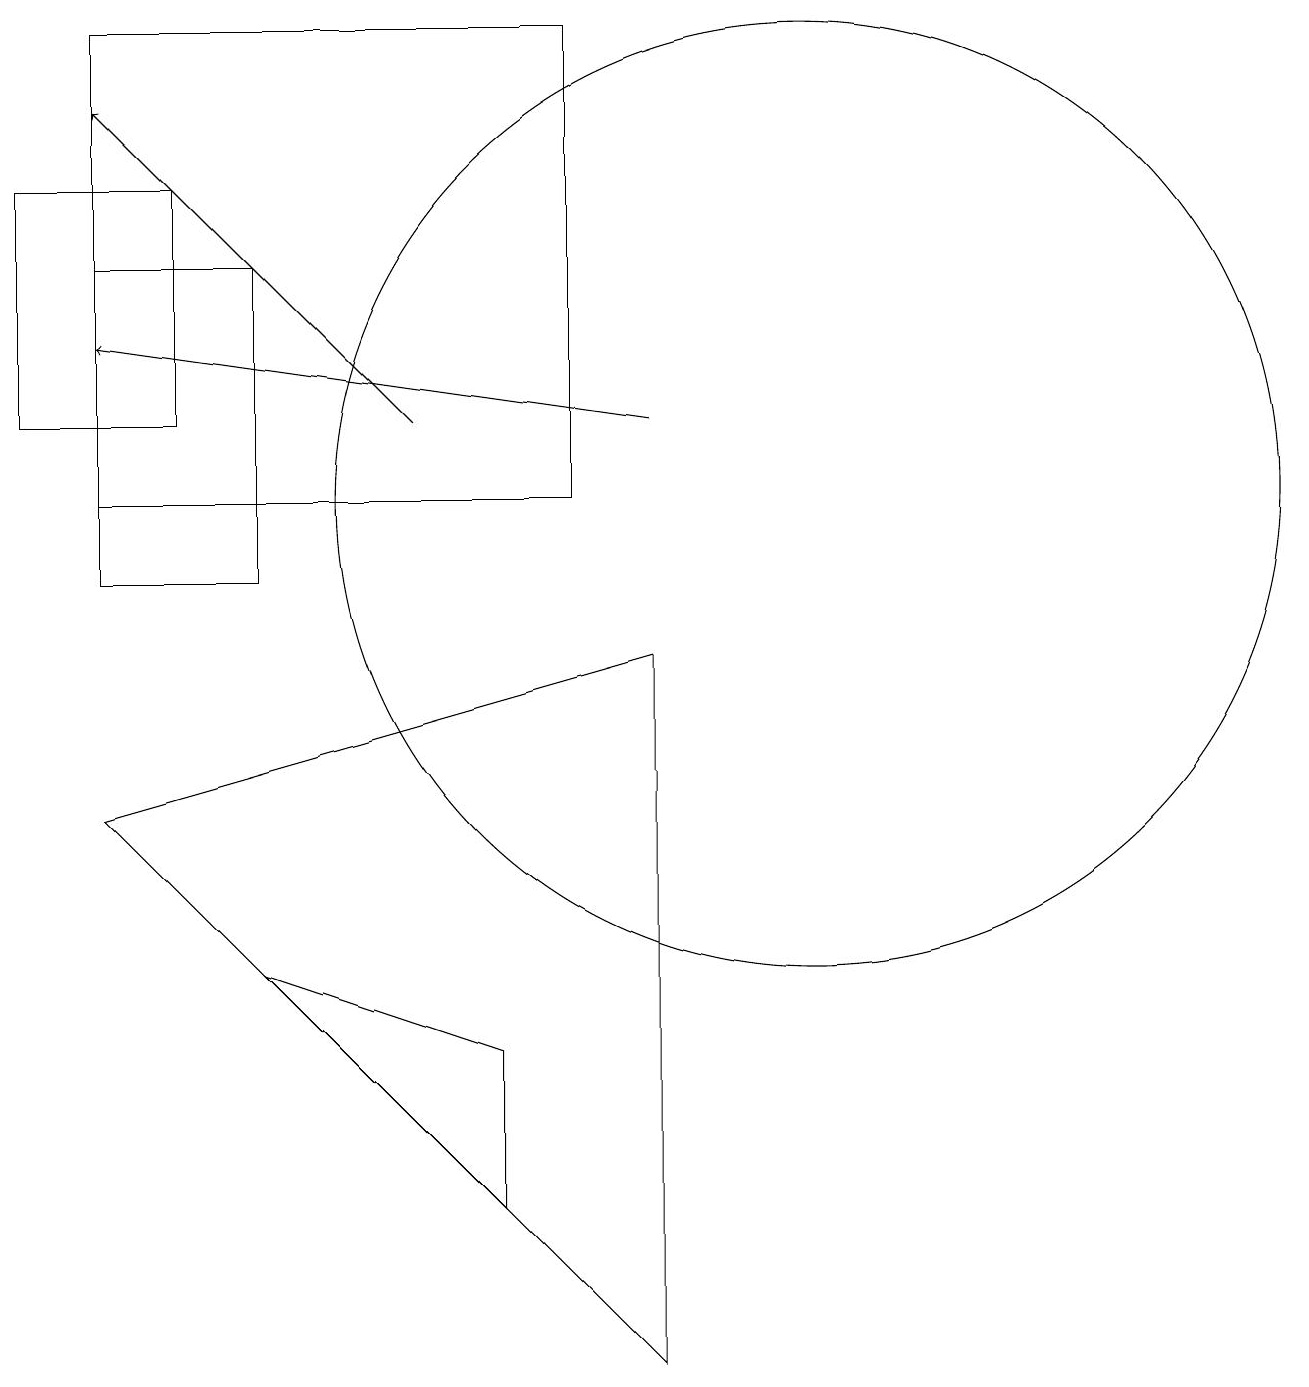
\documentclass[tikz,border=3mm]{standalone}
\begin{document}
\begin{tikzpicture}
\draw (7,2) -- (7,4) -- (4,5) -- cycle;
\draw (11,11) circle (6);
\draw (9,9) -- (2,7) -- (9,0) -- cycle;
\draw[->] (6,12) -- (2,16);
\draw (4,14) rectangle (2,10);
\draw[->] (9,12) -- (2,13);
\draw (3,15) rectangle (1,12);
\draw (2,17) rectangle (8,11);
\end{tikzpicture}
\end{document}